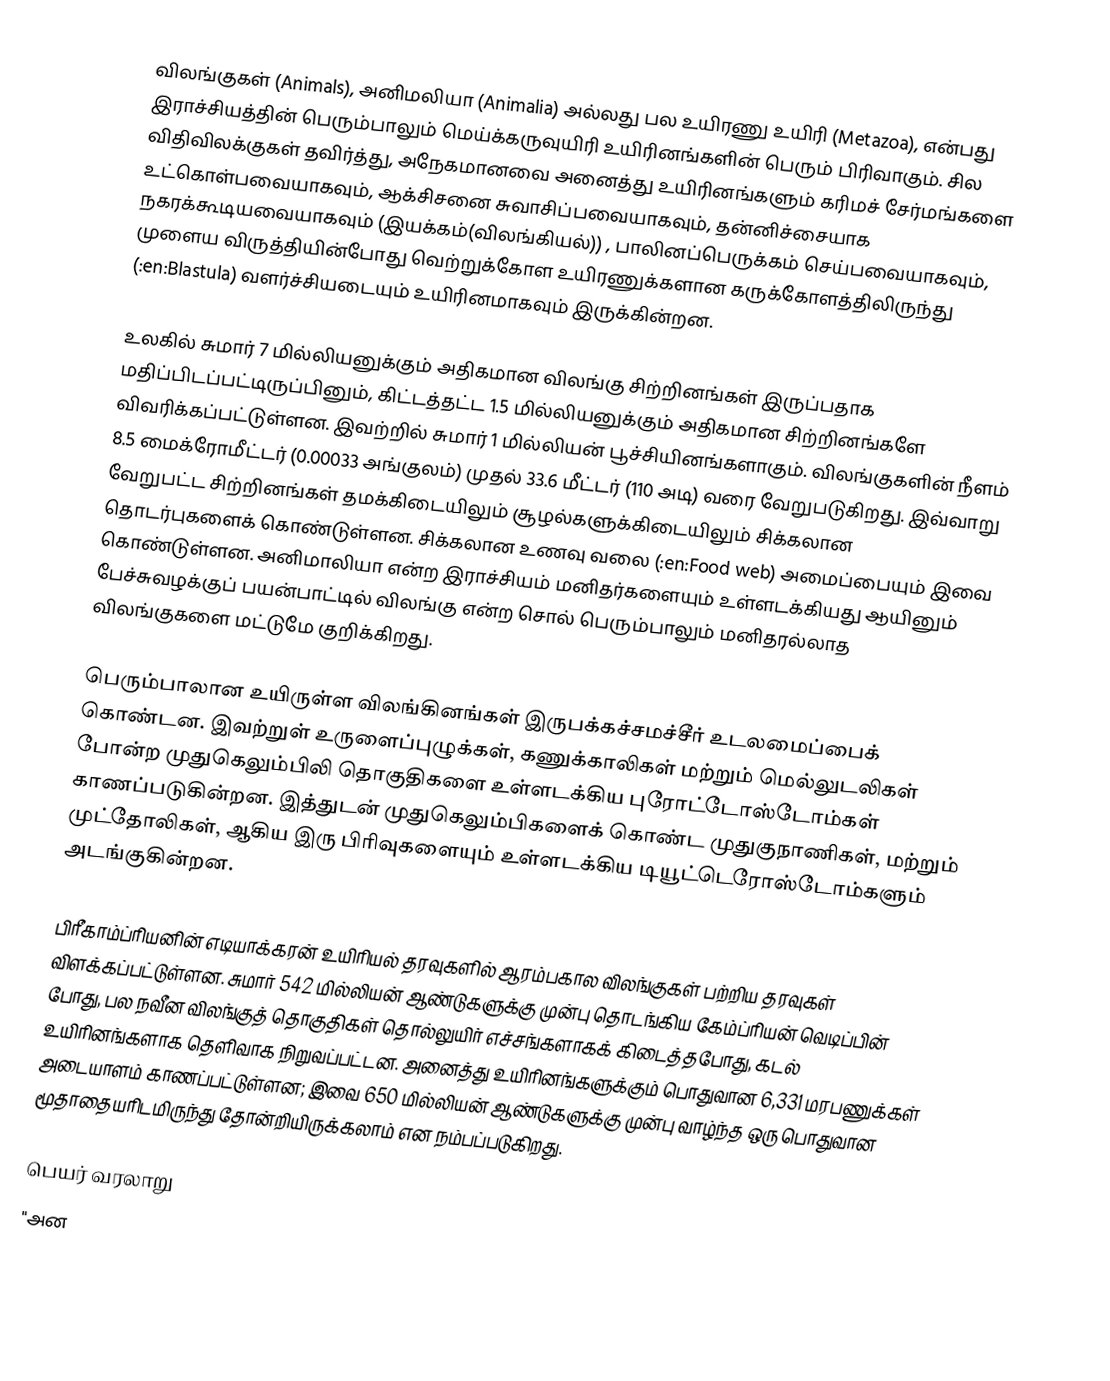
விலங்குகள் (Animals), அனிமலியா (Animalia) அல்லது பல உயிரணு உயிரி (Metazoa), என்பது இராச்சியத்தின் பெரும்பாலும் மெய்க்கருவுயிரி உயிரினங்களின் பெரும் பிரிவாகும். சில விதிவிலக்குகள் தவிர்த்து, அநேகமானவை அனைத்து உயிரினங்களும் கரிமச் சேர்மங்களை உட்கொள்பவையாகவும், ஆக்சிசனை சுவாசிப்பவையாகவும், தன்னிச்சையாக நகரக்கூடியவையாகவும் (இயக்கம்(விலங்கியல்)) , பாலினப்பெருக்கம் செய்பவையாகவும், முளைய விருத்தியின்போது வெற்றுக்கோள உயிரணுக்களான கருக்கோளத்திலிருந்து (:en:Blastula) வளர்ச்சியடையும் உயிரினமாகவும் இருக்கின்றன.

உலகில் சுமார் 7 மில்லியனுக்கும் அதிகமான விலங்கு சிற்றினங்கள் இருப்பதாக மதிப்பிடப்பட்டிருப்பினும், கிட்டத்தட்ட 1.5 மில்லியனுக்கும் அதிகமான சிற்றினங்களே விவரிக்கப்பட்டுள்ளன. இவற்றில் சுமார் 1 மில்லியன் பூச்சியினங்களாகும். விலங்குகளின் நீளம் 8.5 மைக்ரோமீட்டர் (0.00033 அங்குலம்) முதல் 33.6 மீட்டர் (110 அடி) வரை வேறுபடுகிறது. இவ்வாறு வேறுபட்ட சிற்றினங்கள் தமக்கிடையிலும் சூழல்களுக்கிடையிலும் சிக்கலான தொடர்புகளைக் கொண்டுள்ளன. சிக்கலான உணவு வலை (:en:Food web)  அமைப்பையும் இவை கொண்டுள்ளன. அனிமாலியா என்ற இராச்சியம் மனிதர்களையும் உள்ளடக்கியது ஆயினும் பேச்சுவழக்குப் பயன்பாட்டில் விலங்கு என்ற சொல் பெரும்பாலும் மனிதரல்லாத விலங்குகளை மட்டுமே குறிக்கிறது.

பெரும்பாலான உயிருள்ள விலங்கினங்கள் இருபக்கச்சமச்சீர் உடலமைப்பைக் கொண்டன. இவற்றுள் உருளைப்புழுக்கள், கணுக்காலிகள் மற்றும் மெல்லுடலிகள் போன்ற முதுகெலும்பிலி தொகுதிகளை உள்ளடக்கிய புரோட்டோஸ்டோம்கள் காணப்படுகின்றன. இத்துடன் முதுகெலும்பிகளைக் கொண்ட முதுகுநாணிகள், மற்றும் முட்தோலிகள், ஆகிய இரு பிரிவுகளையும் உள்ளடக்கிய டியூட்டெரோஸ்டோம்களும் அடங்குகின்றன.

பிரீகாம்ப்ரியனின் எடியாக்கரன் உயிரியல் தரவுகளில் ஆரம்பகால விலங்குகள் பற்றிய தரவுகள் விளக்கப்பட்டுள்ளன. சுமார் 542 மில்லியன் ஆண்டுகளுக்கு முன்பு தொடங்கிய கேம்ப்ரியன் வெடிப்பின் போது, பல நவீன விலங்குத் தொகுதிகள் தொல்லுயிர் எச்சங்களாகக் கிடைத்தபோது, கடல் உயிரினங்களாக தெளிவாக நிறுவப்பட்டன. அனைத்து உயிரினங்களுக்கும் பொதுவான 6,331 மரபணுக்கள் அடையாளம் காணப்பட்டுள்ளன; இவை 650 மில்லியன் ஆண்டுகளுக்கு முன்பு வாழ்ந்த ஒரு பொதுவான மூதாதையரிடமிருந்து தோன்றியிருக்கலாம் என நம்பப்படுகிறது.

பெயர் வரலாறு
"அன